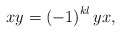
\begin{align*}x y = \left( -1 \right)^{kl} yx,\end{align*}